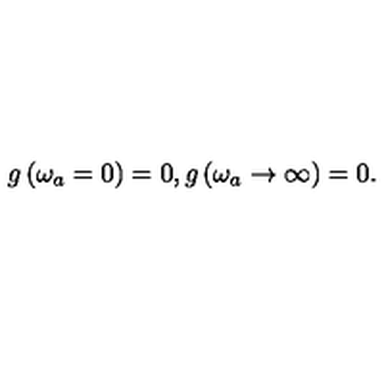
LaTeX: g \left( \omega _ { a } = 0 \right) = 0 , g \left( \omega _ { a } \rightarrow \infty \right) = 0 .